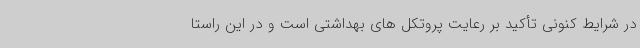
در شرایط کنونی تأکید بر رعایت پروتکل های بهداشتی است و در این راستا